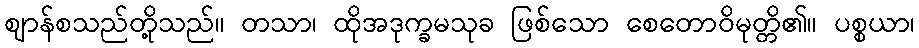
ဈာန်စသည်တို့သည်။ တသာ၊ ထိုအဒုက္ခမသုခ ဖြစ်သော စေတောဝိမုတ္တိ၏။ ပစ္စယာ၊